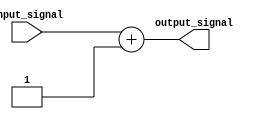
module generate_function (
    input [7:0] input_signal,
    output reg [7:0] output_signal
);

always @(*) begin
    // Define the predefined mathematical function or algorithm here
    output_signal = input_signal + 1; // For example, adding 1 to the input signal
    
end

endmodule